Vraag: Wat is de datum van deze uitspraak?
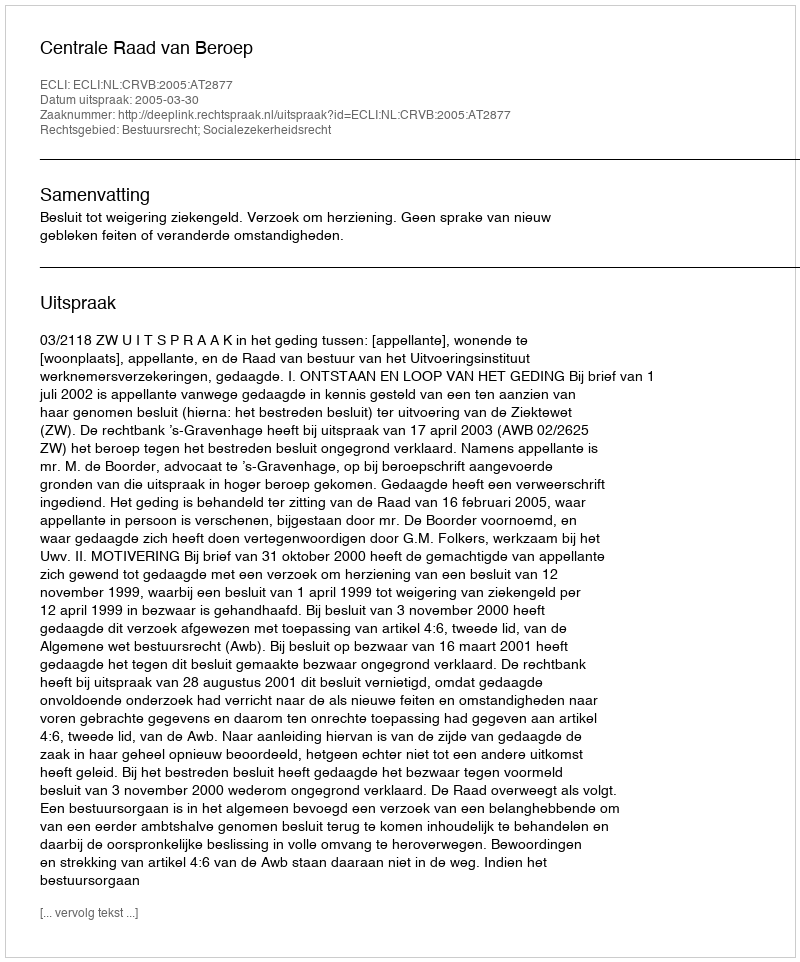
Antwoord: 2005-03-30